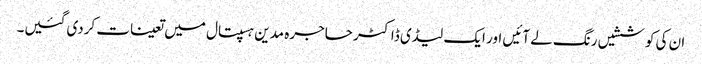
ان کی کوششیں رنگ لے آئیں اور ایک لیڈی ڈاکٹر حاجرہ مدین ہسپتال میں تعینات کردی گئیں۔